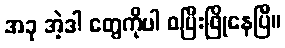
အခု အဲ့ဒါ တွေကိုပါ စပြီးဖြိုနေပြီ။